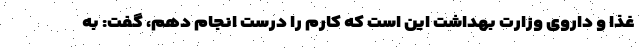
غذا و داروی وزارت بهداشت این است که کارم را درست انجام دهم، گفت: به